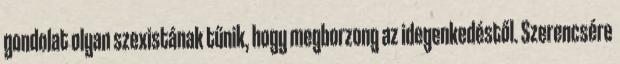
gondolat olyan szexistának tűnik, hogy megborzong az idegenkedéstől. Szerencsére